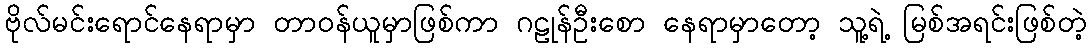
ဗိုလ်မင်းရောင်နေရာမှာ တာဝန်ယူမှာဖြစ်ကာ ဂဠုန်ဦးစော နေရာမှာတော့ သူ့ရဲ့ မြစ်အရင်းဖြစ်တဲ့